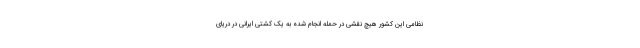
نظامی این کشور هیچ نقشی در حمله انجام شده به یک کشتی ایرانی در دریای